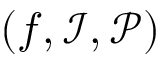
( f , \mathcal { I } , \mathcal { P } )